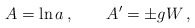
\begin{align*}A=\ln a \,,\qquad A'=\pm gW\,, \end{align*}